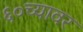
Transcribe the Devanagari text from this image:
६०च्यावर